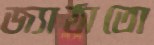
জ্যাঠাতো